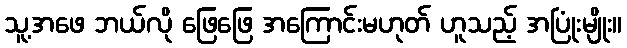
သူ့အဖေ ဘယ်လို ဖြေဖြေ အကြောင်းမဟုတ် ဟူသည့် အပြုံးမျိုး။